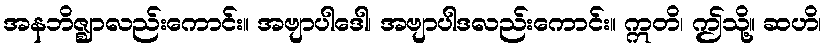
အနဘိဇ္ဈာလည်းကောင်း။ အဗျာပါဒေါ၊ အဗျာပါဒလည်းကောင်း။ ဣတိ၊ ဤသို့။ ဆဟိ၊